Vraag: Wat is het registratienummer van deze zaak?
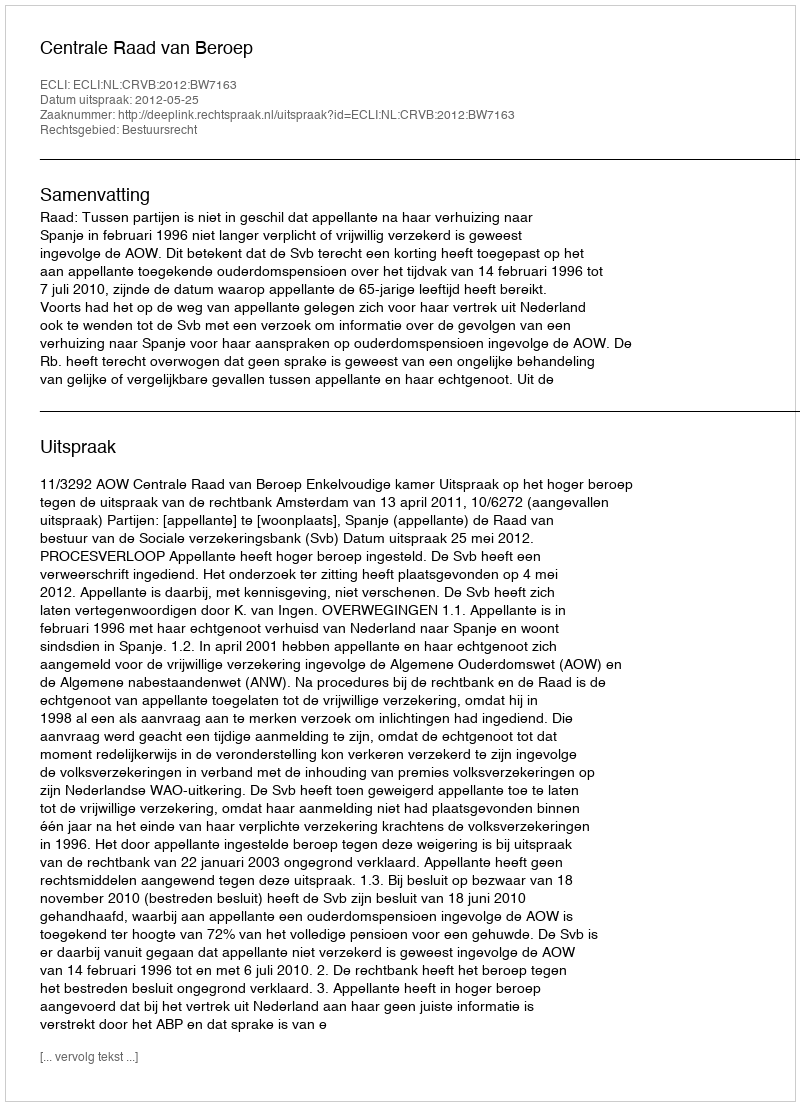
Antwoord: http://deeplink.rechtspraak.nl/uitspraak?id=ECLI:NL:CRVB:2012:BW7163